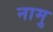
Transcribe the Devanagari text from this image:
नामु